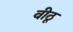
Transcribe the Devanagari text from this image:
वीठू